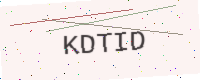
Text: KDTID